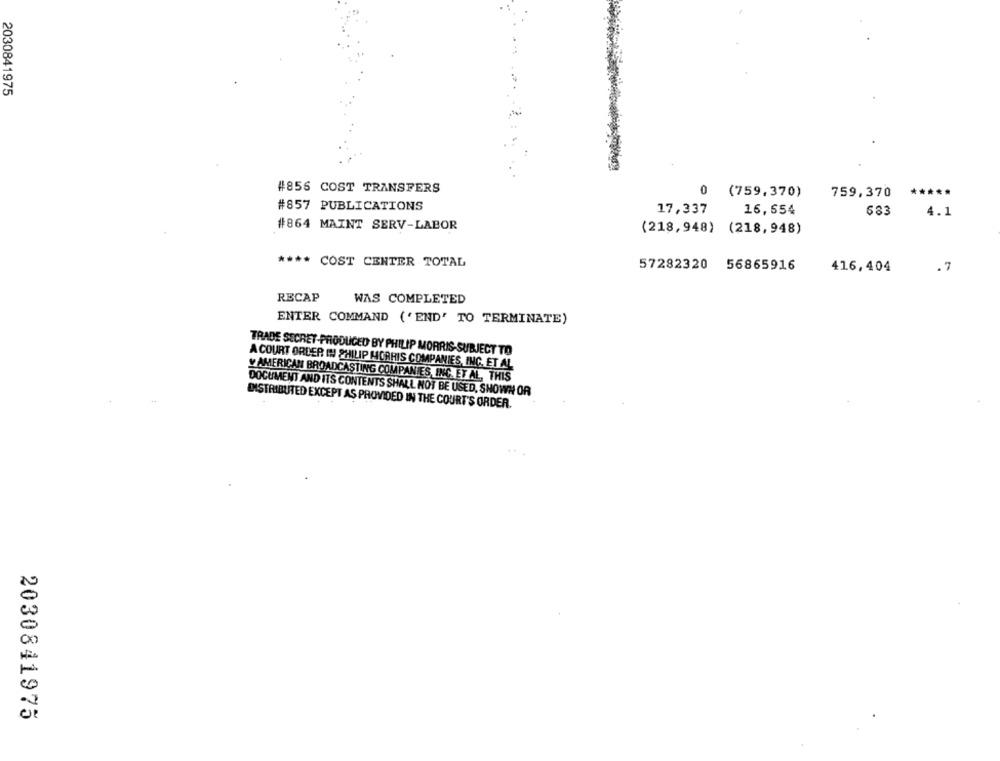
2030841975
#856 COST TRANSFERS
*****
(759,370)
0
759,370
#857 PUBLICATIONS
17,337
16,654
683
4.1
#864 MAINT SERV-LABOR
(218,948) (218,948)
**** COST CENTER TOTAL
57282320 56865916
416,404
.7
RECAP
WAS COMPLETED
ENTER COMMAND ('END' TO TERMINATE)
TRADE SECRET-PRODUCED BY PHILIP MORRIS-SUBJECT TO
A COURT ORDER IN PHILIP MORRIS COMPANIES, INC. ET AL
Y AMERICAN BROADCASTING COMPANIES, INC. ET AL. THIS
DOCUMENT AND ITS CONTENTS SHALL NOT BE USED, SHOWN OR
DISTRIBUTED EXCEPT AS PROVIDED IN THE COURT'S ORDER.
2030841975